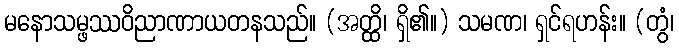
မနောသမ္ဖဿဝိညာဏာယတနသည်။ (အတ္ထိ၊ ရှိ၏။) သမဏ၊ ရှင်ရဟန်း။ (တွံ၊